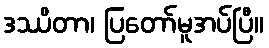
ဒဿိတာ၊ ပြတော်မူအပ်ပြီ။